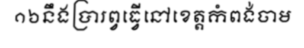
១៦នឹងប្រារព្វធ្វើនៅខេត្តកំពង់ចាម